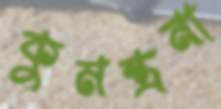
কুমন্ত্রনা